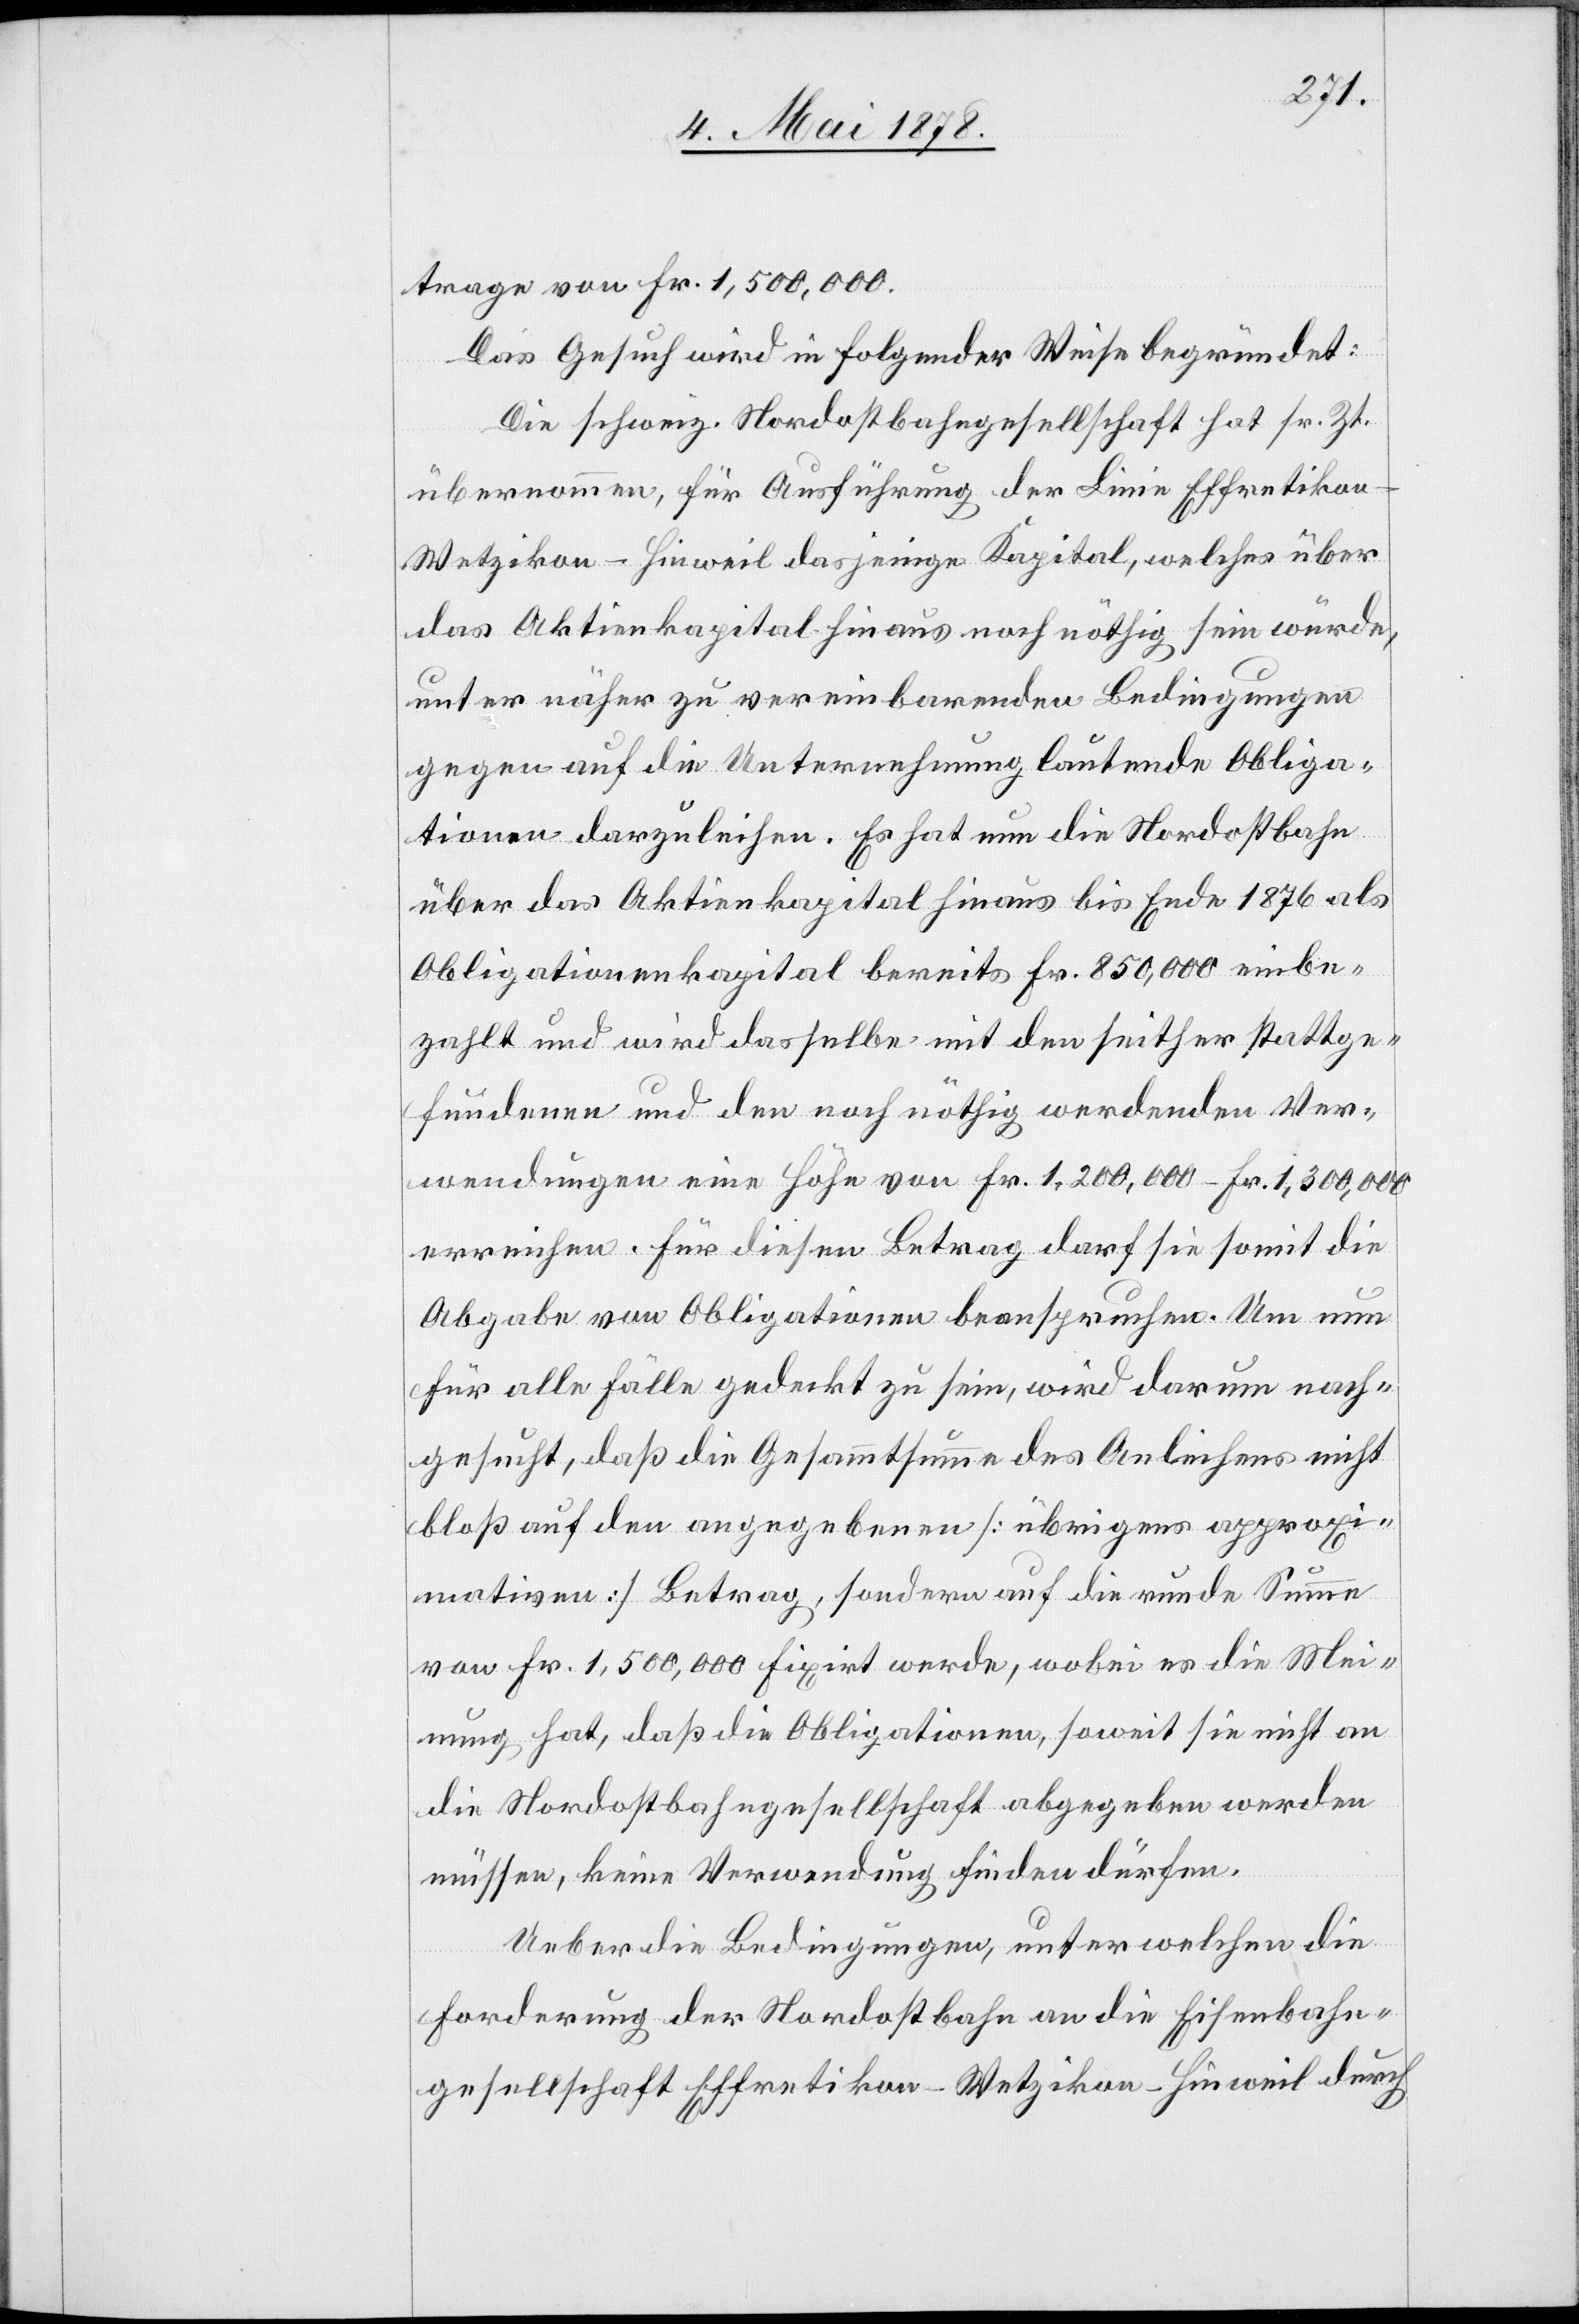
trage von Fr. 1,500,000.
Das Gesuch wird in folgender Weise begründet:
Die schweiz. Nordostbahngesellschaft hat sr. Zt
übernommen, für Ausführung der Linie Effretiko¬
n–Wetzikon–Hinweil dasjenige Kapital, welches über
das Aktienkapital hinaus noch nöthig sein würde,
unter näher zu vereinbarenden Bedingungen
gegen auf die Unternehmung lautende Obliga¬
tionen darzuleihen. Es hat nun die Nordostbahn
über das Aktienkapital hinaus bis Ende 1876 als
Obligationenkapital bereits Fr. 850,000 einbe¬
zahlt und wird dasselbe mit den seither stattge¬
fundenen und den noch nöthig werdenden Ver¬
wendungen eine Höhe von Fr. 1,200,000 – Fr. 1,300,000
erreichen. Für diesen Betrag darf sie somit die
Abgabe von Obligationen beanspruchen. Um nun
für alle Fälle gedeckt zu sein, wird darum nach¬
gesucht, daß die Gesammtsumme [übrigens approx¬
imitiver Betrag], sodann auf die runde Summe
von Fr. 1,500,000 fixirt werde, wobei es die Mei¬
nung hat, daß die Obligationen, soweit sie nicht an
die Nordostbahngesellschaft abgegeben werden
müssen, keine Verwendung finden dürfen.
Ueber die Bedingungen, unter welchen die
Forderung der Nordostbahn an die Eisenbahn¬
gesellschaft Effretikon–Wetzikon–Hinweil durch